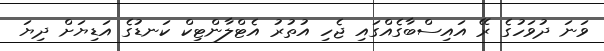
ވަނަ ދުވަހުގެ ރޭ އައިސްބާގެއްގައި ޖެހި އުތުރު އެޓްލާންޓިކް ކަނޑުގެ އަޑިޔަށް ދިޔަ